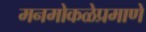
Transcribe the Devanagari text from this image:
मनमोकळेप्रमाणे